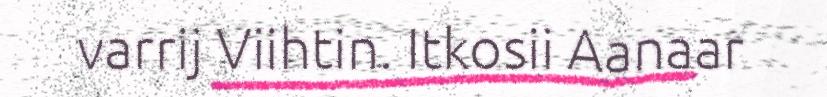
varrij Viihtin. Itkosii Aanaar